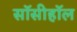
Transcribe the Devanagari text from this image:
सॉसीहॉल